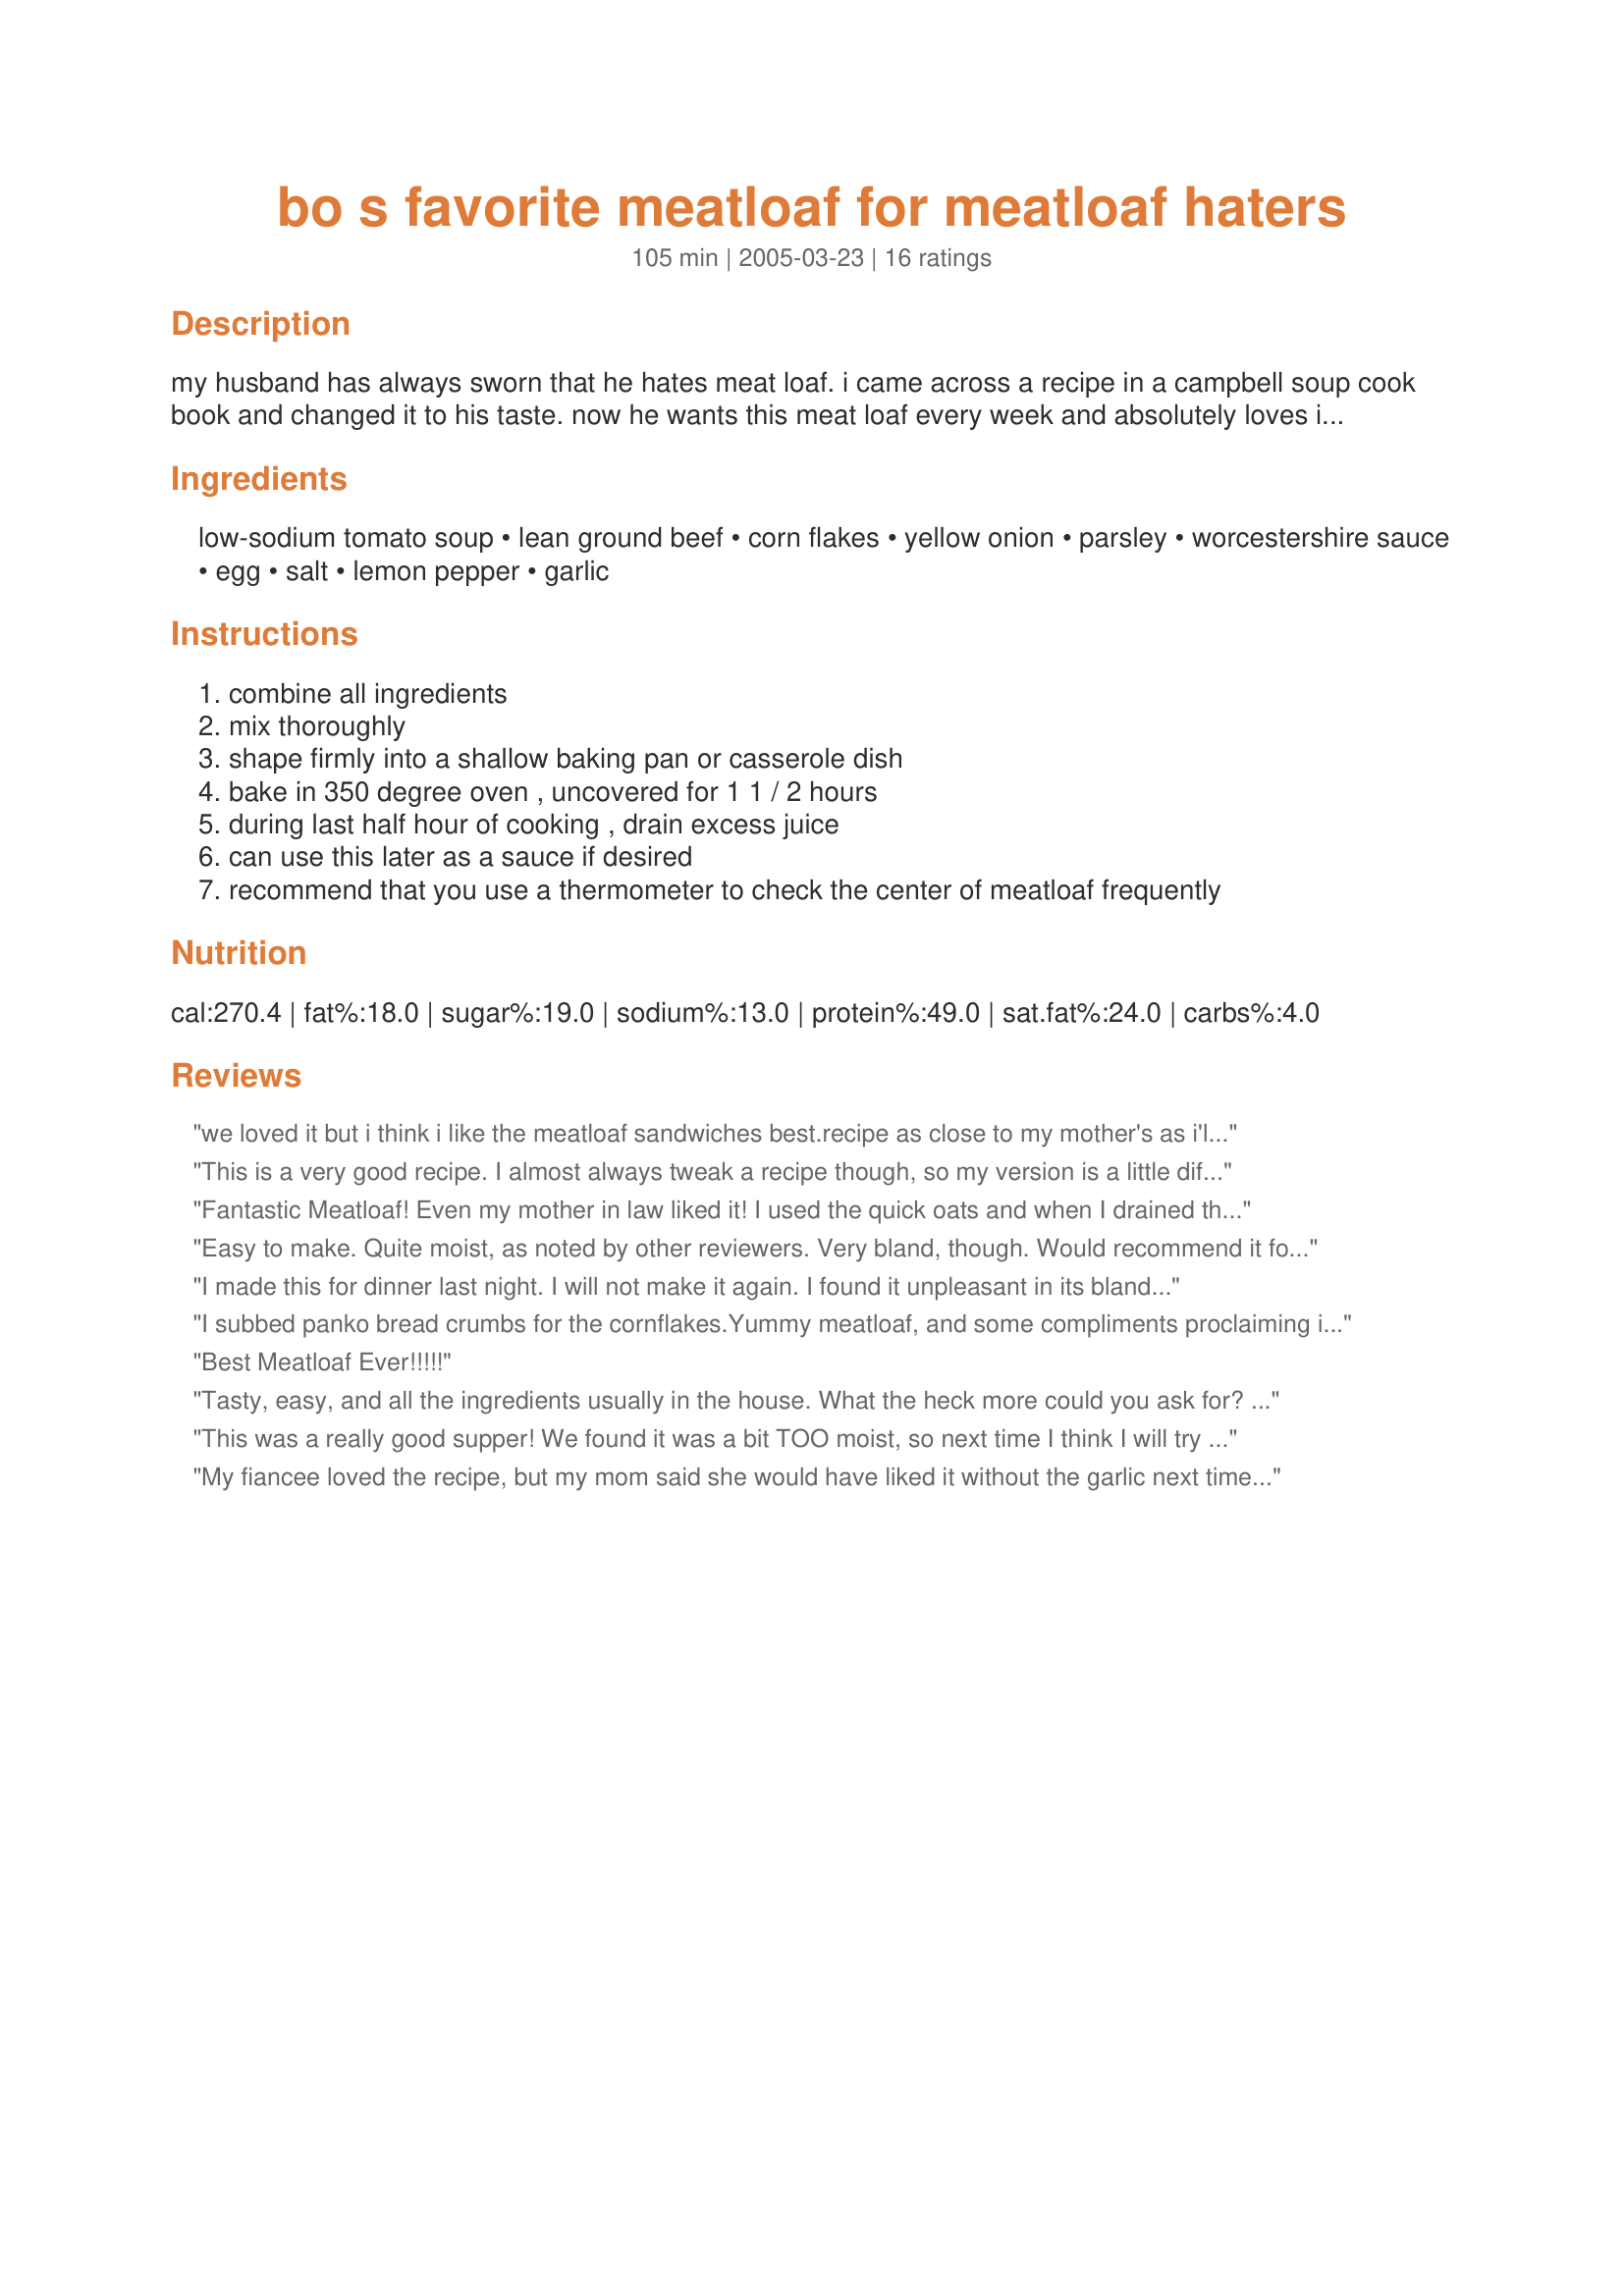
bo s favorite meatloaf for meatloaf haters
Preparation time: 105 minutes

my husband has always sworn that he hates meat loaf. i came across a recipe in a campbell soup cook book and changed it to his taste. now he wants this meat loaf every week and absolutely loves it. it stays moist and reheats very well so we can make a large batch of it at a time. we add it to omelets in the morning and make sandwiches out of it for lunch.

Ingredients:
low-sodium tomato soup, lean ground beef, corn flakes, yellow onion, parsley, worcestershire sauce, egg, salt, lemon pepper, garlic

Steps:
combine all ingredients, mix thoroughly, shape firmly into a shallow baking pan or casserole dish, bake in 350 degree oven , uncovered for 1 1 / 2 hours, during last half hour of cooking , drain excess juice, can use this later as a sauce if desired, recommend that you use a thermometer to check the center of meatloaf frequently

Reviews:
 we loved it but i think i like the meatloaf sandwiches best.recipe as close to my mother's as i'll ever get.i don't know if my cats liked it because we didn't share.
 connie chef 249610
thank you again
This is a very good recipe. I almost always tweak a recipe though, so my version is a little different. I didn't have any tomato soup, so I used a 6-oz can of tomato sauce and reduced the amount of corn flakes. Also added red bell pepper, a bit of crushed red pepper, some gourmet burger seasoning blend and about 1/2 an envelope of onion soup mix. It was very moist and flavorful.

I have a picky 3-year old who is not much of a meat eater kept coming back for more. Great recipe!
Fantastic Meatloaf! Even my mother in law liked it! I used the quick oats and when I drained the juice I added some brown sugar and used it as a glaze...It was awesome! Thanks for the recipe!
Easy to make. Quite moist, as noted by other reviewers. Very bland, though. Would recommend it for children.
I made this for dinner last night. I will not make it again. I found it unpleasant in its blandness. I cut the recipe in half as I cook only for myself. I did eat it with a very large helping of ketchup as I couldn't see throwing it away. I'm sure there are probably many people out there that like this type of recipe. I guess I'm not one of them. Sorry.
I subbed panko bread crumbs for the cornflakes.<br/><br/>Yummy meatloaf, and some compliments proclaiming it as "the best they've ever had."<br/><br/>Thanks!
Best Meatloaf Ever!!!!!
Tasty, easy, and all the ingredients usually in the house. What the heck more could you ask for?
thank you Rose's
This was a really good supper! We found it was a bit TOO moist, so next time I think I will try it with the quick oats instead of the corn flakes. My kids, my husband and I all really loved the flavour though... glad there were leftovers!
My fiancee loved the recipe, but my mom said she would have liked it without the garlic next time. Either way, I'll make it again, but this time, I think I'll put in garlic salt to sub for the garlic. :) Great recipe!!
Awesome !!! My wife made this the other night and after my second bite I said it was the best meatloaf I've ever had. When I think of meatloaf, this is what I think of.
Great meatloaf and very juicy! Easy to make and my whole family enjoyed it. I did not make any recipe alterations and was awesome!
Very Good recipe. For me it was an excellent starting point. My wife loved it! I'm the cook in the family. I did modify it a little. I substituted quick cooking Quaker oats instead of the cornflakes. I also added a "surprise" when I formed the meatloaf in the meatloaf pan. I was able to arrange 3 hard boiled eggs. During the last 15 minutes of cooking, I topped the meatloaf with spaghetti sauce instead of ketchup and grated fresh parmesan cheese when I served it. Very moist meatloaf and it stayed together, did not fall apart. ~ Gregory
I just made this meatloaf and it was a BIG hit with Mr. Picky (aka my 7-year old.) Very moist! Great flavor. I halved it and it came out perfectly. Next time I will make two pounds so I have some leftovers. A keeper in my house. Thanks!
I liked the fact of using different ingredients than I have ever used for meatloaf b/f. Generally I use ketchup and so to use tomato soup gave it a different taste as well as using CornFlakes instead of cracker crumbs. The garlic and lemonpepper was a great combo of tastes too that I haven't used. Thanks!
Yummy! She's right, this is the most perfect meatloaf for sandwhiches. It stays moist and does not dry out. I like to add mustard to it (after it has been cooked). I will try to make it with omelettes tomorrow.
